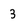
Character: 3